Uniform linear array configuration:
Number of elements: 12
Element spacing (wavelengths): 0.25
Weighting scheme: uniform
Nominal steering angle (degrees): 15
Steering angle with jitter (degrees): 15.03
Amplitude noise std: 0.05
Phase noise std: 0.05

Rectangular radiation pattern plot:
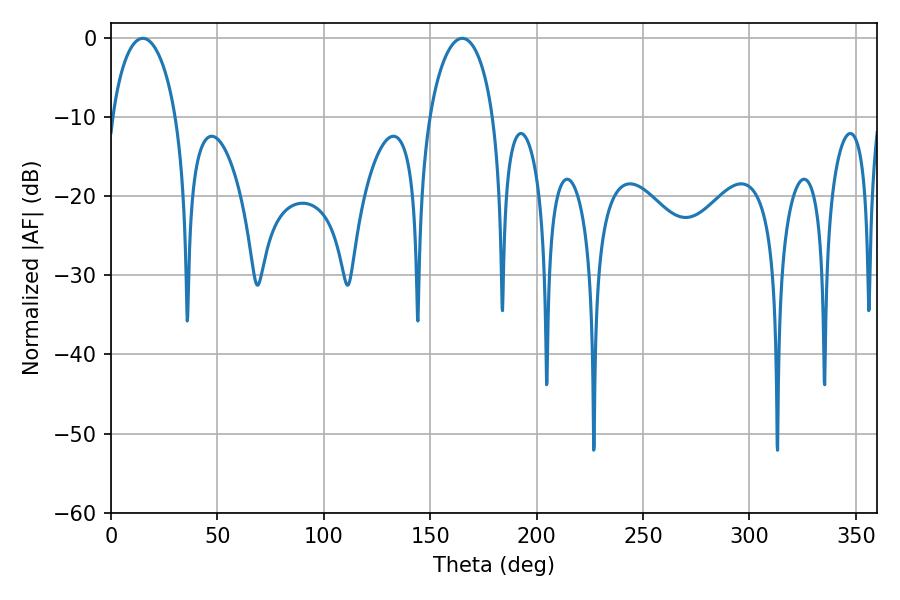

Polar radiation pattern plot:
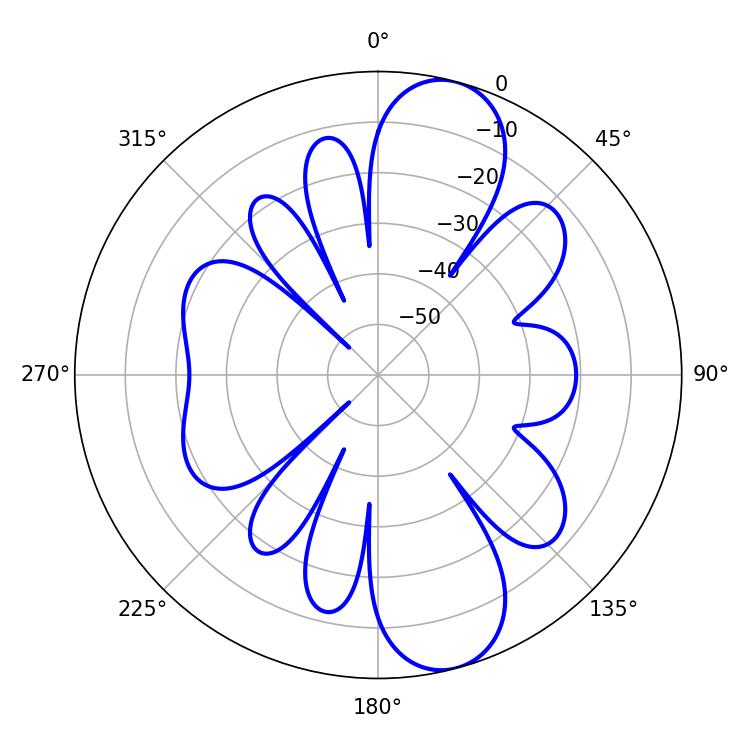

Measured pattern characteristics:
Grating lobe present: FALSE
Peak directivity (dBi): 10.737
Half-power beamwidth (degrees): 17.28
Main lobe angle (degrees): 14.94